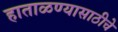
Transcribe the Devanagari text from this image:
हाताळण्यासाठीचे